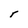
Character: r